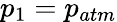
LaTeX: p_{1}=p_{atm}